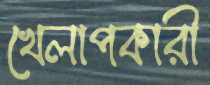
খেলাপকারী